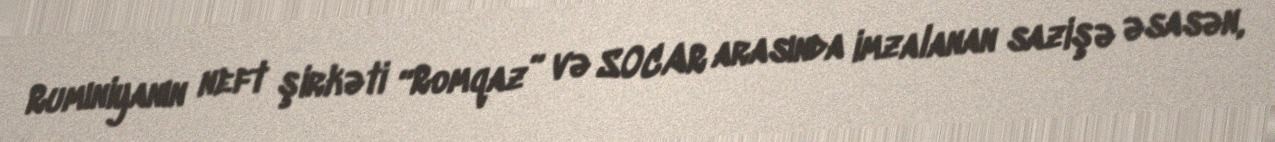
Rumıniyanın neft şirkəti “Romqaz” və SOCAR arasında imzalanan sazişə əsasən,